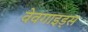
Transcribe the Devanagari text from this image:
वेवगाइड्स